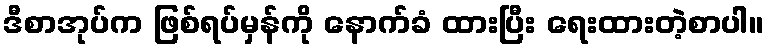
ဒီစာအုပ်က ဖြစ်ရပ်မှန်ကို နောက်ခံ ထားပြီး ရေးထားတဲ့စာပါ။